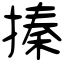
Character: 搸